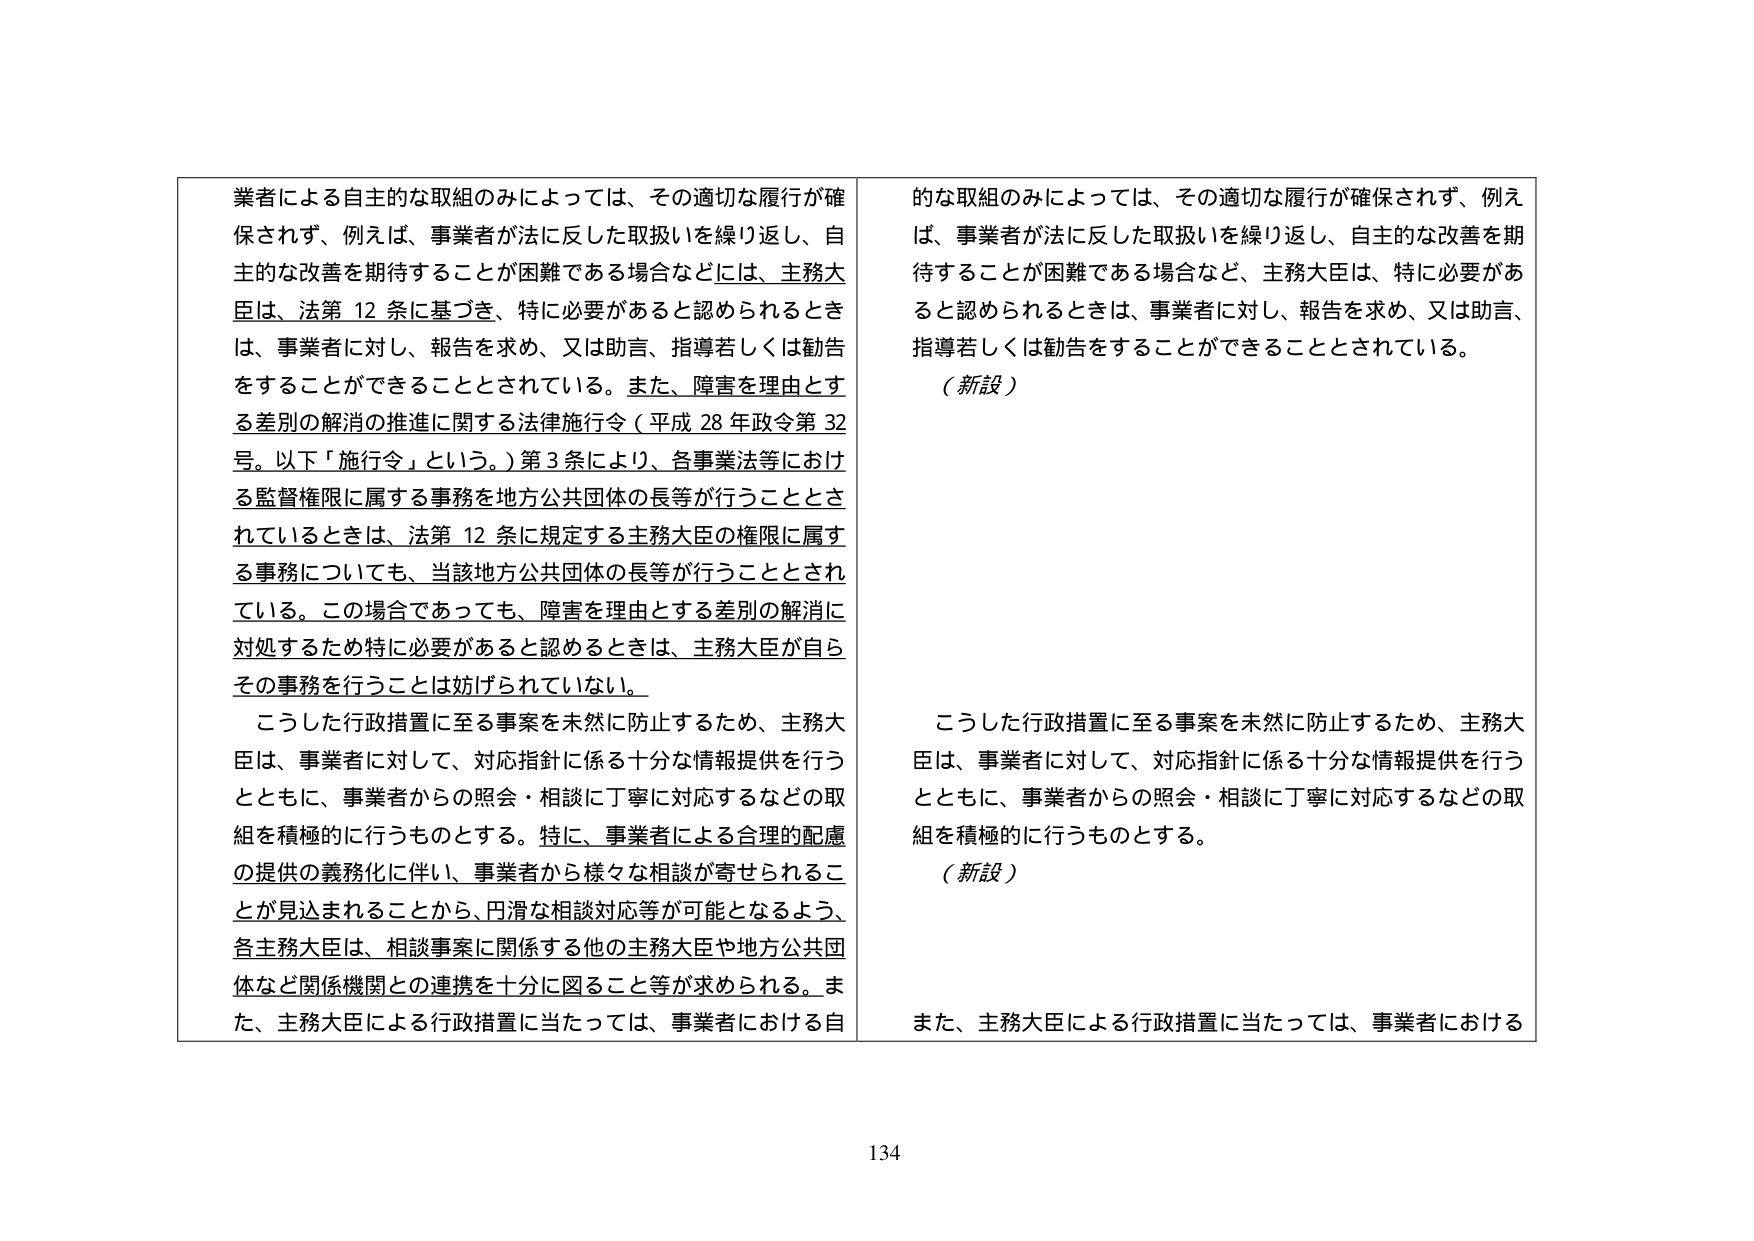
業者による自主的な取組のみによっては、その適切な履行が確保されず、例えば、事業者が法に反した取扱いを繰り返し、自主的な改善を期待することが困難である場合などには、主務大臣は、法第12条に基づき、特に必要があると認められるときは、事業者に対し、報告を求め、又は助言、指導若しくは勧告をすることができる thingとされている。また、障害を理由とする差別の解消の推進に関する法律施行令（平成28年政令第32号。以下「施行令」という。）第3条により、各事業法等における監督権限に属する事務を地方公共団体の長等が行うこととされているときは、法第12条に規定する主務大臣の権限に属する事務についても、当該地方公共団体の長等が行うこととされている。この場合であっても、障害を理由とする差別の解消に対処するため特に必要があると認めるときは、主務大臣が自らその事務を行うことは妨げられていない。

こうした行政措置に至る事案を未然に防止するため、主務大臣は、事業者に対して、対応指針に係る十分な情報提供を行うとともに、事業者からの照会・相談に丁寧に対応するなどの取組を積極的に行うものとする。特に、事業者による合理的配慮の提供の義務化に伴い、事業者から様々な相談が寄せられることが見込まれることから、円滑な相談対応等が可能となるよう、各主務大臣は、相談事案に関係する他の主務大臣や地方公共団体など関係機関との連携を十分に図ること等が求められる。また、主務大臣による行政措置に当たっては、事業者における自

的な取組のみによっては、その適切な履行が確保されず、例えば、事業者が法に反した取扱いを繰り返し、自主的な改善を期待することが困難である場合など、主務大臣は、特に必要があると認められるときは、事業者に対し、報告を求め、又は助言、指導若しくは勧告をすることができる thingとされている。

（新設）

こうした行政措置に至る事案を未然に防止するため、主務大臣は、事業者に対して、対応指針に係る十分な情報提供を行うとともに、事業者からの照会・相談に丁寧に対応するなどの取組を積極的に行うものとする。

（新設）

また、主務大臣による行政措置に当たっては、事業者における

134